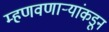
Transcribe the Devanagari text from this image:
म्हणवणाऱ्यांकडून